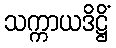
သက္ကာယဒိဋ္ဌိံ